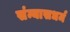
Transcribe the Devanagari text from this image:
संन्यासधर्म